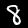
Digit: 8